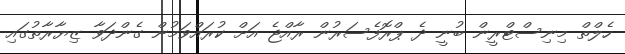
ހެލްތް މިނިސްޓްރީން ބުނީ ދެ ޕްރޮފެސަރުން ރާއްޖެ އަށް ކުރައްވަމުން ގެންދަވާ ޒިޔާރާތުގައި